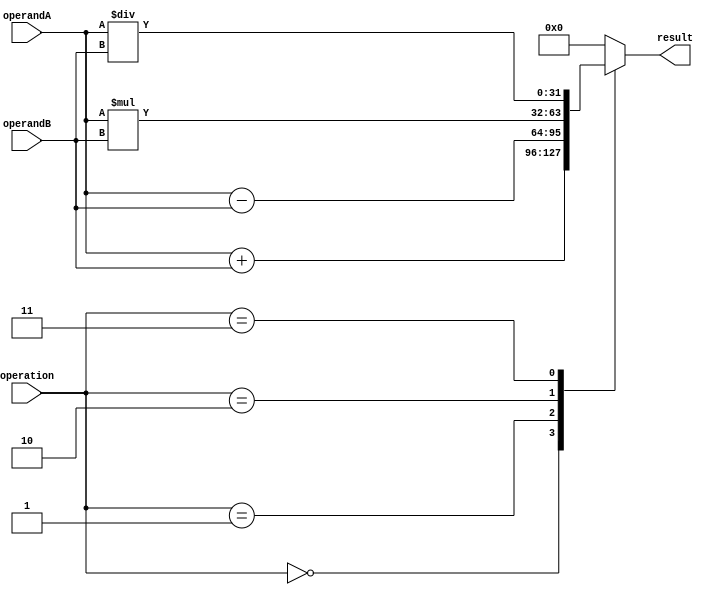
module ALU (
  input [31:0] operandA,
  input [31:0] operandB,
  input [2:0] operation,
  output reg [31:0] result
);

// Internal signals
reg [31:0] temp_result;

// Arithmetic blocks
always @(*)
begin
  case(operation)
    3'b000: temp_result = operandA + operandB; // Addition
    3'b001: temp_result = operandA - operandB; // Subtraction
    3'b010: temp_result = operandA * operandB; // Multiplication
    3'b011: temp_result = operandA / operandB; // Division
    default: temp_result = 32'd0; // Default to 0
  endcase
end

// Output result
assign result = temp_result;

endmodule